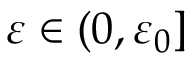
\ensuremath { \varepsilon } \in ( 0 , \ensuremath { \varepsilon } _ { 0 } ]